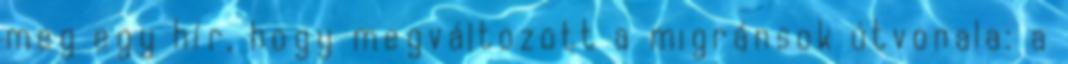
meg egy hír, hogy megváltozott a migránsok útvonala: a